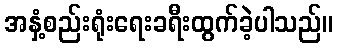
အနှံ့စည်းရုံးရေးခရီးထွက်ခဲ့ပါသည်။